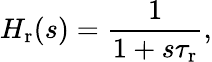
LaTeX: H_{\mathrm{r}}(s)=\frac{1}{1+s\tau_{\mathrm{r}}},